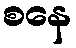
စနေ